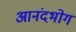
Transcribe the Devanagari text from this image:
आनंदभोग